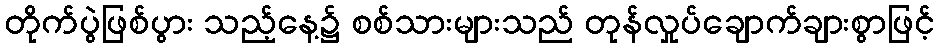
တိုက်ပွဲဖြစ်ပွား သည့်နေ့၌ စစ်သားများသည် တုန်လှုပ်ချောက်ချားစွာဖြင့်